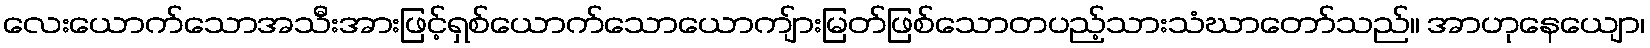
လေးယောက်သောအသီးအားဖြင့်ရှစ်ယောက်သောယောကျ်ားမြတ်ဖြစ်သောတပည့်သားသံဃာတော်သည်။ အာဟုနေယျော၊